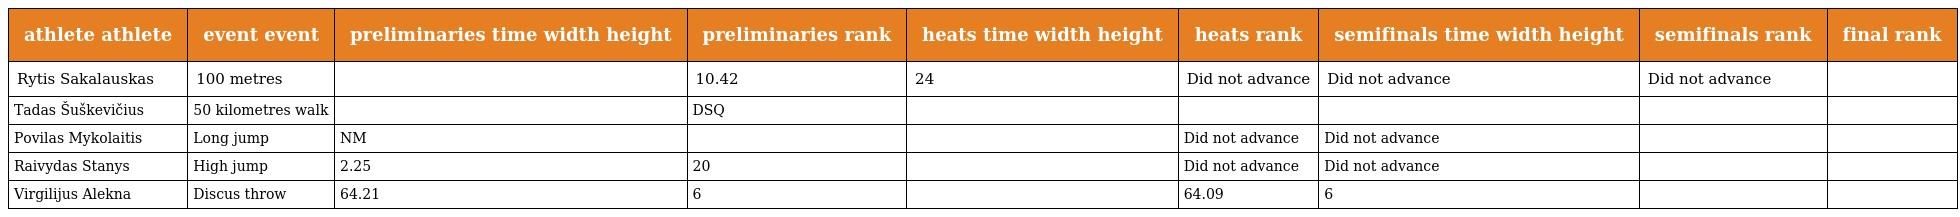
| athlete athlete | event event | preliminaries time width height | preliminaries rank | heats time width height | heats rank | semifinals time width height | semifinals rank | final rank |
 | --- | --- | --- | --- | --- | --- | --- | --- | --- |
 | Rytis Sakalauskas | 100 metres |  | 10.42 | 24 | Did not advance | Did not advance | Did not advance |  |
 | Tadas Šuškevičius | 50 kilometres walk |  | DSQ |  |  |  |  |  |
 | Povilas Mykolaitis | Long jump | NM |  |  | Did not advance | Did not advance |  |  |
 | Raivydas Stanys | High jump | 2.25 | 20 |  | Did not advance | Did not advance |  |  |
 | Virgilijus Alekna | Discus throw | 64.21 | 6 |  | 64.09 | 6 |  |  |